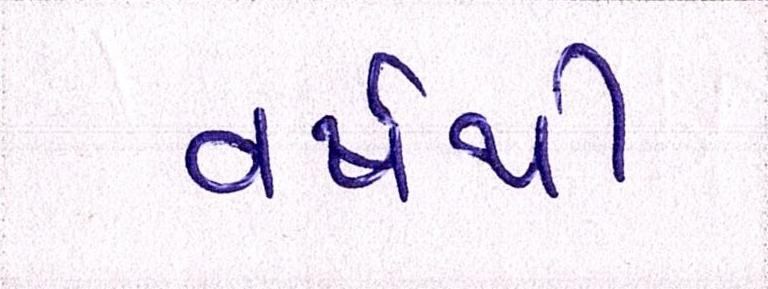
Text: વર્ષથી